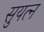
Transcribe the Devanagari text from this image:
सुयत्न